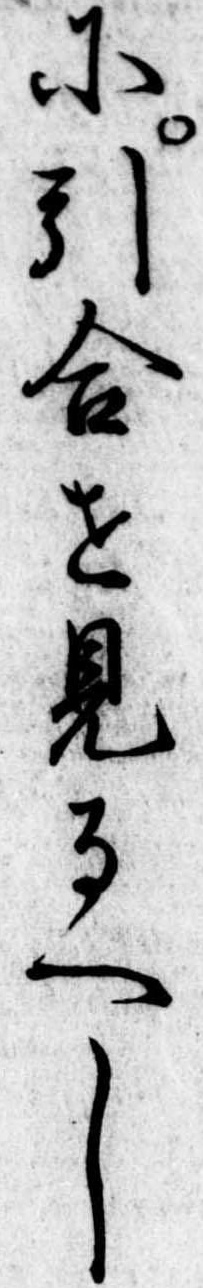
に引合せ見るへし